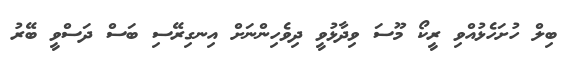
ބިލް ހުށަހެޅުއްވި ރީކޯ މޫސަ ވިދާޅުވީ ދިވެހިންނަށް އިނގިރޭސި ބަސް ދަސްވީ ބޭރު